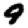
Digit: 9